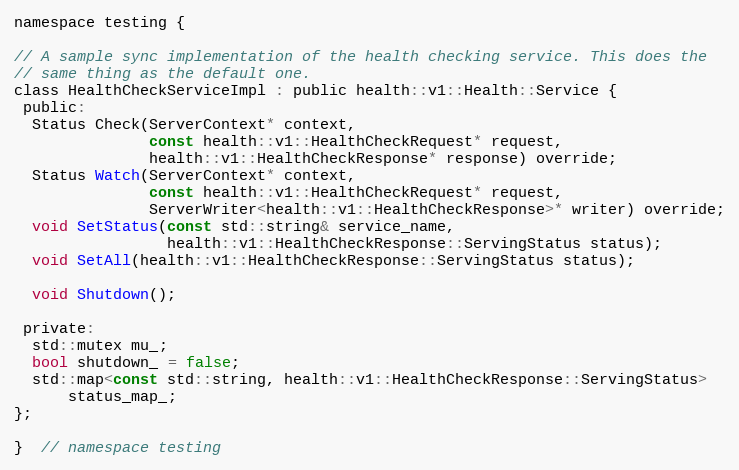
Language: C
namespace testing {

// A sample sync implementation of the health checking service. This does the
// same thing as the default one.
class HealthCheckServiceImpl : public health::v1::Health::Service {
 public:
  Status Check(ServerContext* context,
               const health::v1::HealthCheckRequest* request,
               health::v1::HealthCheckResponse* response) override;
  Status Watch(ServerContext* context,
               const health::v1::HealthCheckRequest* request,
               ServerWriter<health::v1::HealthCheckResponse>* writer) override;
  void SetStatus(const std::string& service_name,
                 health::v1::HealthCheckResponse::ServingStatus status);
  void SetAll(health::v1::HealthCheckResponse::ServingStatus status);

  void Shutdown();

 private:
  std::mutex mu_;
  bool shutdown_ = false;
  std::map<const std::string, health::v1::HealthCheckResponse::ServingStatus>
      status_map_;
};

}  // namespace testing